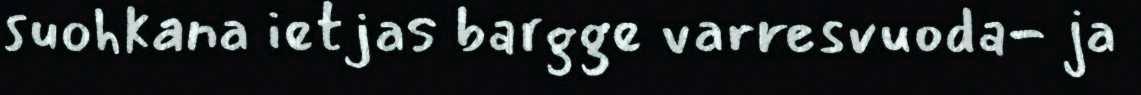
suohkana ietjas bargge varresvuoda- ja